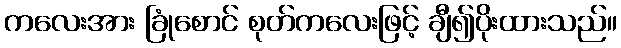
ကလေးအား ခြုံစောင် စုတ်ကလေးဖြင့် ချီ၍ပိုးထားသည်။